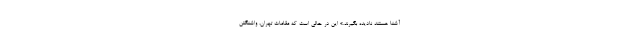
آشنا هستند نادیده بگیرند.» این در حالی است که مقامات تهران، واشنگتن